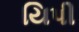
યિપી